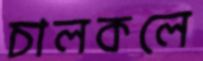
চালকলে